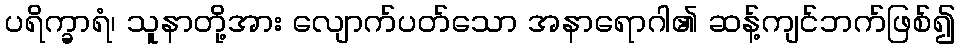
ပရိက္ခာရံ၊ သူနာတို့အား လျောက်ပတ်သော အနာရောဂါ၏ ဆန့်ကျင်ဘက်ဖြစ်၍